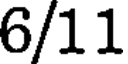
6/11